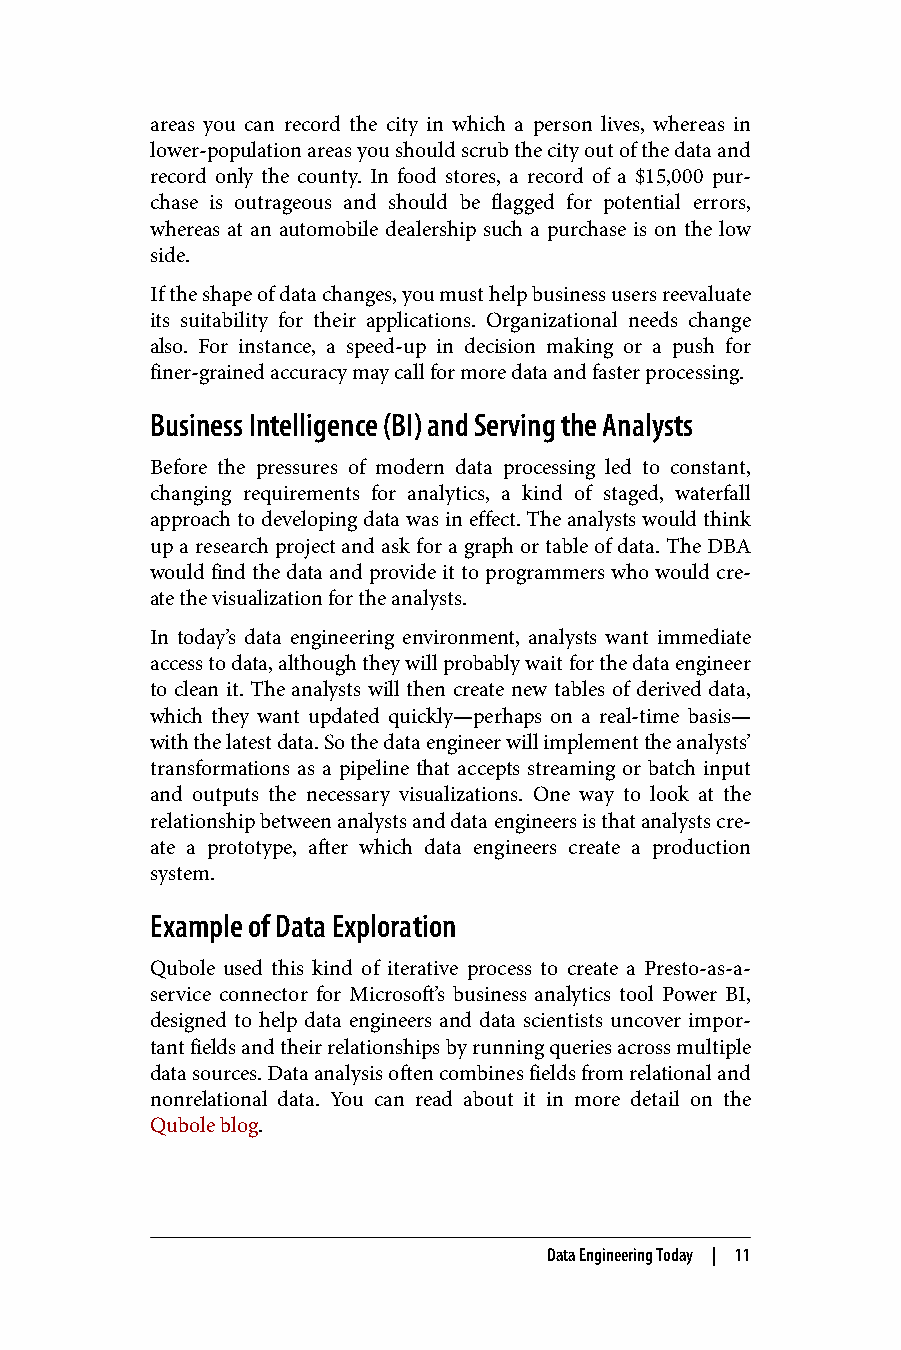
areas you can record the city in which a person lives, whereas in
 lower-population areas you should scrub the city out of the data and
 record only the county. In food stores, a record of a $15,000 pur‐
 chase is outrageous and should be flagged for potential errors,
 whereas at an automobile dealership such a purchase is on the low
 side.
 If the shape of data changes, you must help business users reevaluate
 its suitability for their applications. Organizational needs change
 also. For instance, a speed-up in decision making or a push for
 finer-grained accuracy may call for more data and faster processing.
 Business Intelligence (BI) and Serving the Analysts
 Before the pressures of modern data processing led to constant,
 changing requirements for analytics, a kind of staged, waterfall
 approach to developing data was in effect. The analysts would think
 up a research project and ask for a graph or table of data. The DBA
 would find the data and provide it to programmers who would cre‐
 ate the visualization for the analysts.
 In today’s data engineering environment, analysts want immediate
 access to data, although they will probably wait for the data engineer
 to clean it. The analysts will then create new tables of derived data,
 which they want updated quickly—perhaps on a real-time basis—
 with the latest data. So the data engineer will implement the analysts’
 transformations as a pipeline that accepts streaming or batch input
 and outputs the necessary visualizations. One way to look at the
 relationship between analysts and data engineers is that analysts cre‐
 ate a prototype, after which data engineers create a production
 system.
 Example of Data Exploration
 Qubole used this kind of iterative process to create a Presto-as-a-
 service connector for Microsoft’s business analytics tool Power BI,
 designed to help data engineers and data scientists uncover impor‐
 tant fields and their relationships by running queries across multiple
 data sources. Data analysis often combines fields from relational and
 nonrelational data. You can read about it in more detail on the
 Qubole blog.
 Data Engineering Today | 11